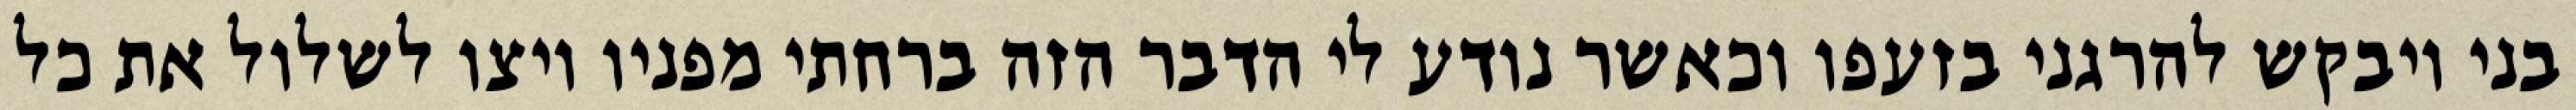
בני ויבקש להרגני בזעפו וכאשר נודע לי הדבר הזה ברחתי מפניו ויצו לשלול את כל